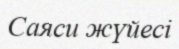
Саяси жүйесі